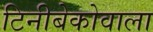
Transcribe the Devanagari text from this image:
टिनीबेकोवाला